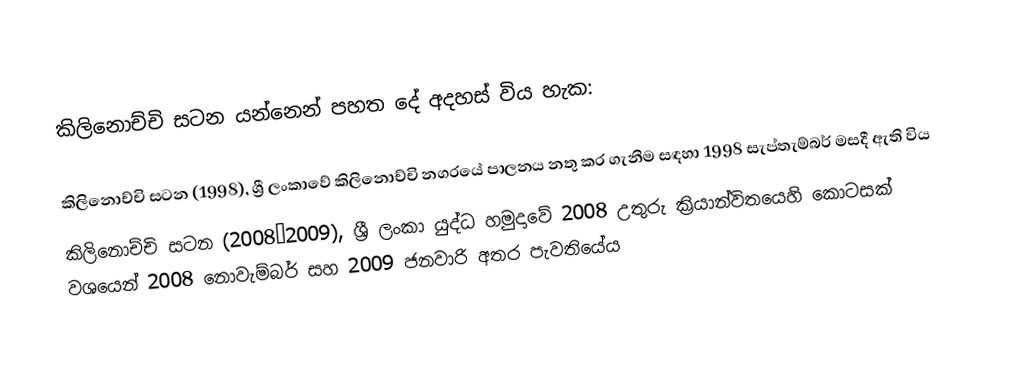
කිලිනොච්චි සටන යන්නෙන් පහත දේ අදහස් විය හැක:

කිලිනොච්චි සටන (1998), ශ්‍රී ලංකාවේ කිලිනොච්චි නගරයේ පාලනය නතු කර ගැනීම සඳහා 1998 සැප්තැම්බර් මසදී ඇති විය
කිලිනොච්චි සටන (2008–2009), ශ්‍රී ලංකා යුද්ධ හමුදාවේ 2008 උතුරු ක්‍රියාන්විතයෙහි කොටසක් වශයෙන් 2008 නොවැම්බර් සහ 2009 ජනවාරි අතර පැවතියේය